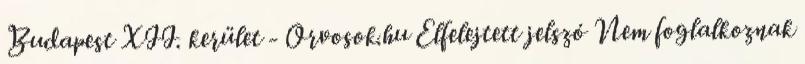
Budapest XII. kerület - Orvosok.hu Elfelejtett jelszó Nem foglalkoznak